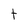
Character: t